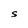
Character: S